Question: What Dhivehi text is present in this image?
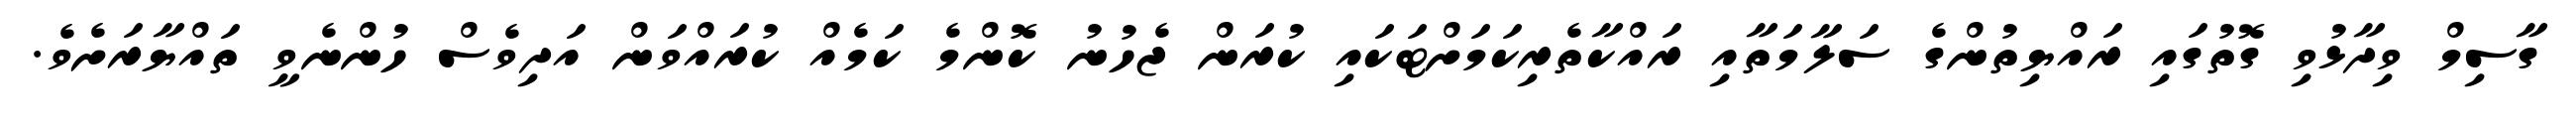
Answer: ގާސިމް ވިދާޅުވި ގޮތުގައި ރައްޔިތުންގެ ސަލާމަތާއި ރައްކާތެރިކަމަށްޓަކައި ކުރަން ޖެހުނު ކޮންމެ ކަމެއް ކުރައްވަން އަދިވެސް ހުންނެވީ ތައްޔާރަށެވެ.